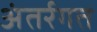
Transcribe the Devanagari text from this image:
अंतर्रगत